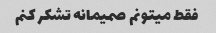
فقط میتونم صمیمانه تشکر کنم‌